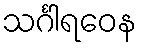
သင်္ဂါရဝေန